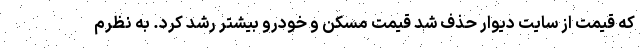
که قیمت از سایت دیوار حذف شد قیمت مسکن و خودرو بیشتر رشد کرد. به نظرم